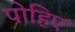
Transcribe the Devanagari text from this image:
पोहिए